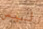
ليس